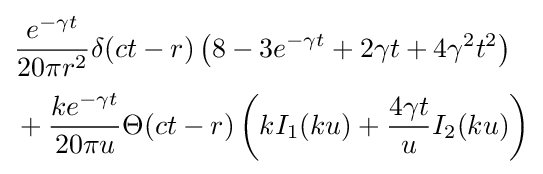
{\begin{aligned}&{\frac {e^{-\gamma t}}{20\pi r^{2}}}\delta (ct-r)\left(8-3e^{-\gamma t}+2\gamma t+4\gamma ^{2}t^{2}\right)\\[0.5ex]&+{\frac {ke^{-\gamma t}}{20\pi u}}\Theta (ct-r)\left(kI_{1}(ku)+{\frac {4\gamma t}{u}}I_{2}(ku)\right)\end{aligned}}